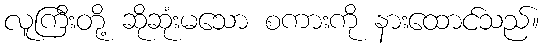
လူကြီးတို့ ဆိုဆုံးမသော စကားကို နားထောင်သည်။